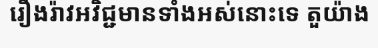
រឿងរ៉ាវអវិជ្ជមានទាំងអស់នោះទេ តួយ៉ាង